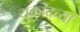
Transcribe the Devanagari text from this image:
युक्रांदच्या